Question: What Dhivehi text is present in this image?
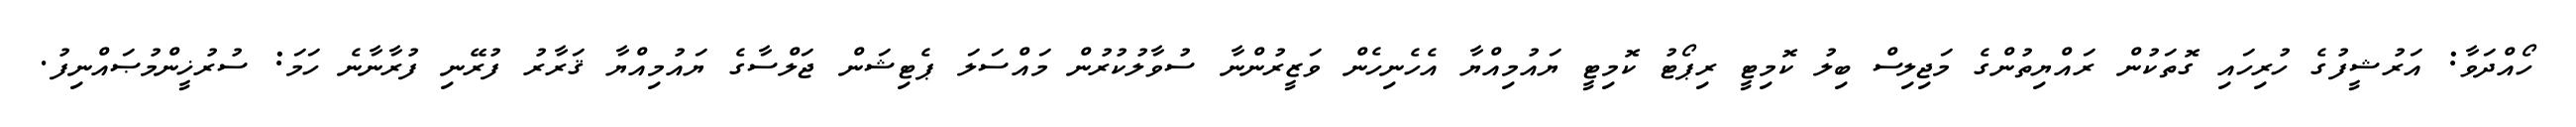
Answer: ހޯއްދަވާ: އަރުޝީފުގެ ހުރިހައި ގޮތަކުން ރައްޔިތުންގެ މަޖިލިސް ބިލު ކޮމިޓީ ރިޕޯޓު ކޮމިޓީ ޔައުމިއްޔާ އެހެނިހެން ވަޒީރުންނާ ސުވާލުކުރުން މައްސަލަ ޕެޓިޝަން ޖަލްސާގެ ޔައުމިއްޔާ ޤަރާރު ފުރޭނި ފުރާނާނެ ހަމަ: ސުރުޚީންމުޞައްނިފު.